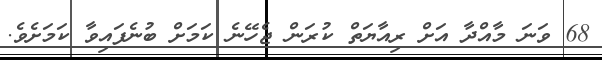
68 ވަނަ މާއްދާ އަށް ރިއާޔަތް ކުރަން ޖެހޭނެ ކަމަށް ބުނެފައިވާ ކަމަށެވެ.